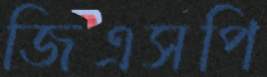
জিএসপি